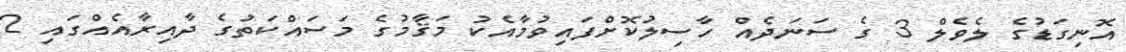
އޮނިގަޑުގެ ލެވެލް 3 ގެ ސަނަދެއް ހާސިލުކޮށްފައިވުމާއެކު މަޤާމުގެ މަސައްކަތުގެ ދާއިރާއެއްގައި 2